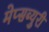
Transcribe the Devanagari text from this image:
मेप्सब्युरी